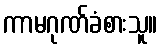
ကာမဂုဏ်ခံစားသူ။